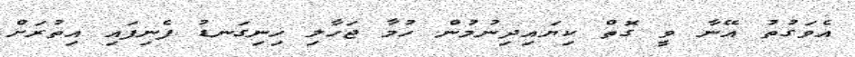
އެވަގުތު އޭނާ ވީ ގޮތް ކިޔައިދިނުމުން ހުމާ ޖަހާލި ހިނިގަނޑު ފެނިފައި އިތުރަށް